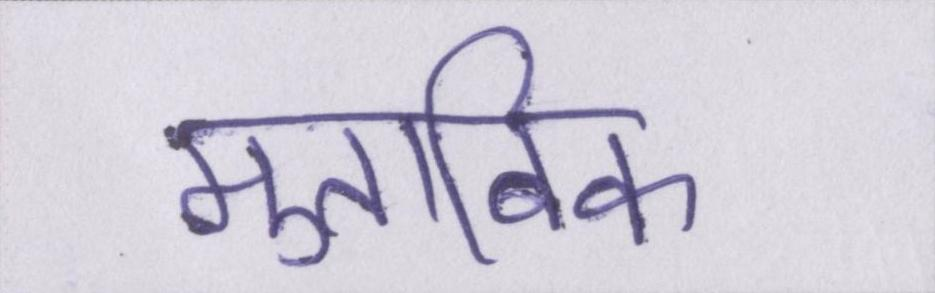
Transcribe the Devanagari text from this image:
मुताबिक